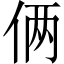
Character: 俩